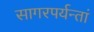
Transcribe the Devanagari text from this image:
सागरपर्यन्तां